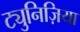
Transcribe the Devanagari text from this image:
ट्युनिज़िया